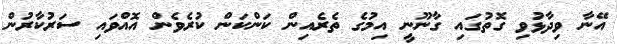
އޭނާ ވިދާޅުވި ގޮތުގައި ގާނޫނީ އިމުގެ ތެރެއިން ކަންކަން ކުރެވެން އޮއްވައި ސަރުކާރުން